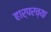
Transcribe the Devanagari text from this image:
हार्परच्या